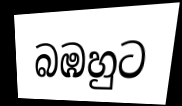
බඹහුට